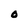
Character: 0